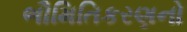
ભૌમિતિકરણનો